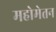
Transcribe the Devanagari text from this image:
महोमेतन